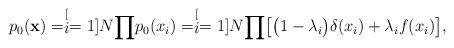
LaTeX: \begin{align*}p_{0}(\mathbf{x})=\stackrel[i=1]{N}{\prod}p_{0}(x_{i})=\stackrel[i=1]{N}{\prod}\bigl[\bigl(1-\lambda_{i}\bigr)\delta(x_{i})+\lambda_{i}f(x_{i})\bigr],\end{align*}